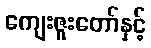
ကျေးဇူးတော်နှင့်